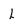
Character: L